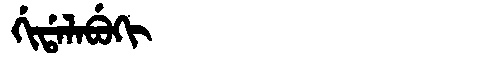
Manchu: ᡤᡳᡩᠠᠯᠠᠪᡠᡴᡳ
Romanization: GIDALABUKI